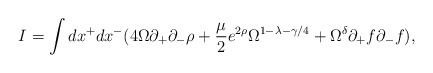
\begin{align*}I = \int dx^+ dx^- ( 4 \Omega \partial_+ \partial_-\rho + \frac{\mu}{2} e^{2 \rho } \Omega^{1 - \lambda -\gamma / 4} + \Omega^{\delta} \partial_+ f\partial_- f ),\end{align*}